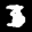
Label: 3